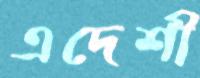
এদেশী